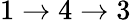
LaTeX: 1\rightarrow 4\rightarrow 3